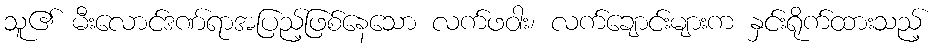
သူ၏ မီးလောင်ဒဏ်ရာအပြည့်ဖြစ်နေသော လက်ဖဝါး၊ လက်ချောင်းများက နှင်းရိုက်ထားသည့်